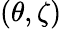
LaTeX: (\theta,\zeta)